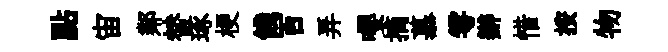
點宙鄰替琢梗餞百弄嚶摘慕雩辦惜按物